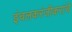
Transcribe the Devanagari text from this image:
इंचलकरंजीकरांचे